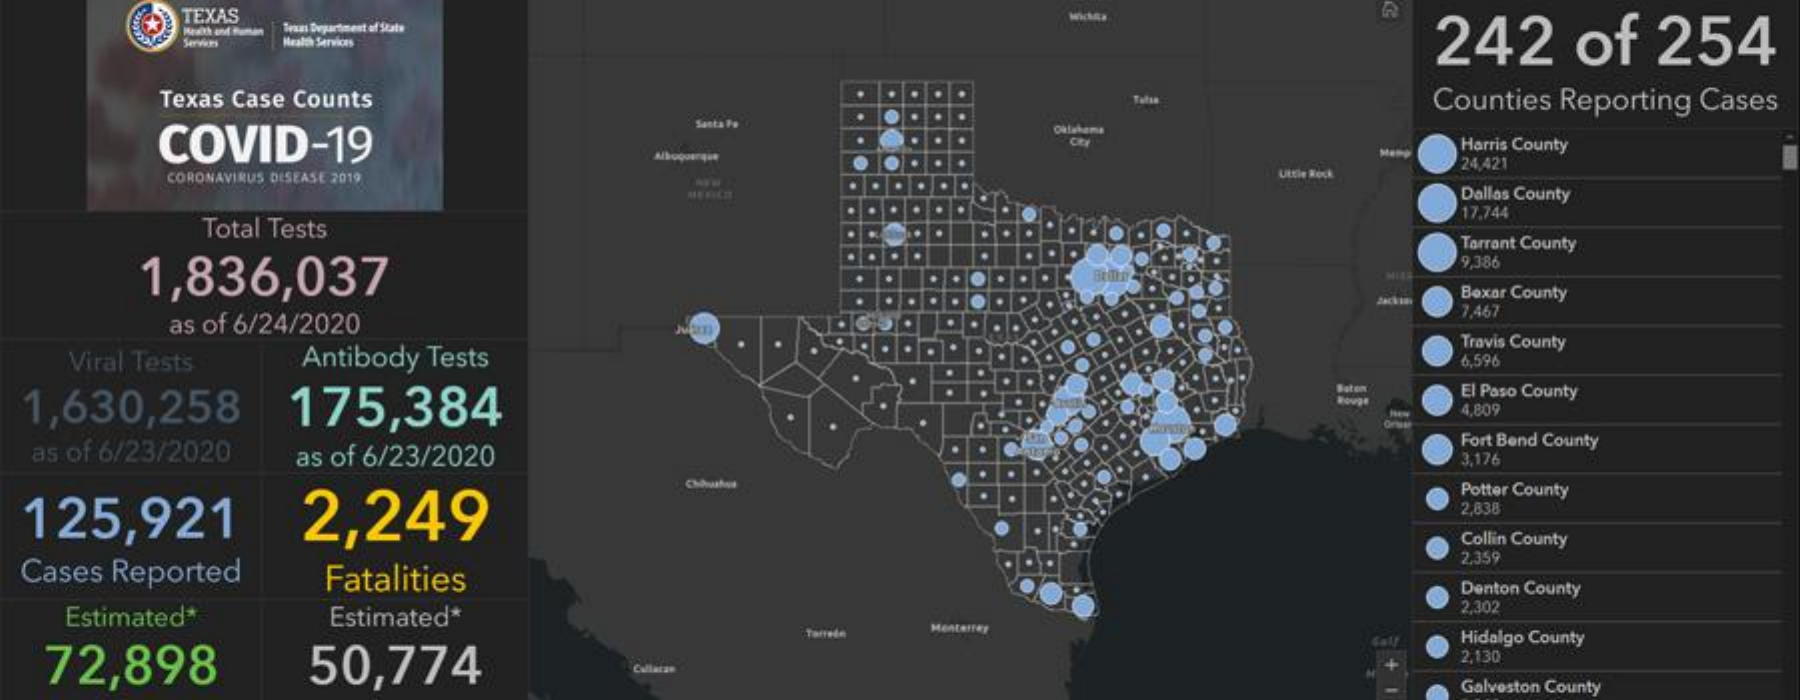
TEXAS
     Bran Department of State
     242 of 254 Servers Health Services
    Texas Case Counts    Counties Reporting Cases
    COVID-19
     Santa Fe
     Harris County
     Alboquerque
     Uttie Rock
     24,421
    CORONAVIRUS DISEASE 2019
     Dallas County
     Total Tests
     17.744
     Tarrant County
    1,836,037
     9,386
     Boxar County
    as of 6/24/2020
     7.467
  Viral Tests Antibody Tests
     Travis County
     6,596
  1,630,258 175,384
     Baton El Paso County
     4,809
  as of 6/23/2020 as of 6/23/2020
     Fort Bend County
     3,176
     Potter County
  125,921 2,249
     2,838
     Collin County
  Cases Reported Fatalities
     2.359
     Denton County
  Estimated* Estimated*
     2.302
     Tareda Monterrey
     Hidalgo County
  72,898 50,774
     2,130
     Galveston County